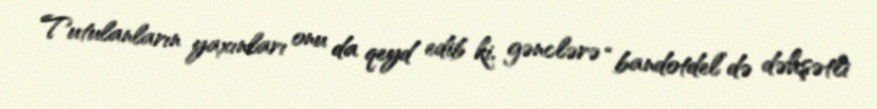
Tutulanların yaxınları onu da qeyd edib ki, gənclərə “bandotdel”də dəhşətli